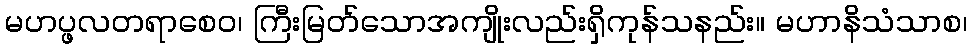
မဟပ္ဖလတရာစေဝ၊ ကြီးမြတ်သောအကျိုးလည်းရှိကုန်သနည်း။ မဟာနိသံသာစ၊